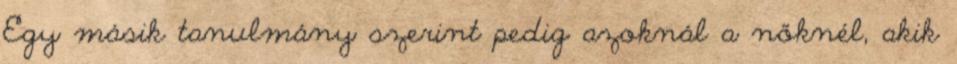
Egy másik tanulmány szerint pedig azoknál a nőknél, akik